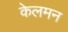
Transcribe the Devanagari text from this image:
केलमन